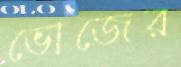
ভোজের